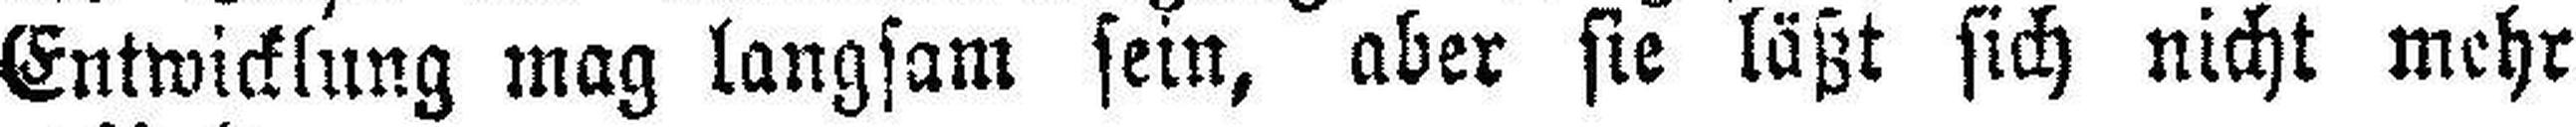
Entwicklung mag langsam sein, aber sie läßt sich nicht mehr